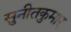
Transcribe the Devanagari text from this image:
सुनीतकुमार